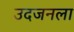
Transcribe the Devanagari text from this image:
उदजनला